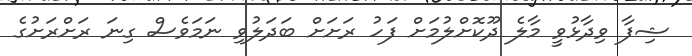
ޝިފާ ވިދާޅުވީ މާލެ ދޫކޮށްލުމަށް ފަހު ރަށަށް ބަދަލުވި ނަމަވެސް ގިނަ ރަށްރަށުގެ